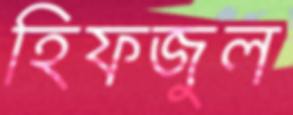
হিফজুল